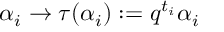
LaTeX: \alpha _ { i } \rightarrow \tau ( \alpha _ { i } ) : = q ^ { t _ { i } } \alpha _ { i } \;